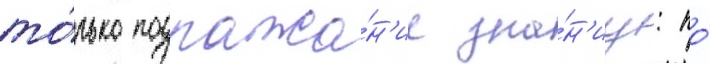
то́лько подража́н'ие зна́н'иу: по́